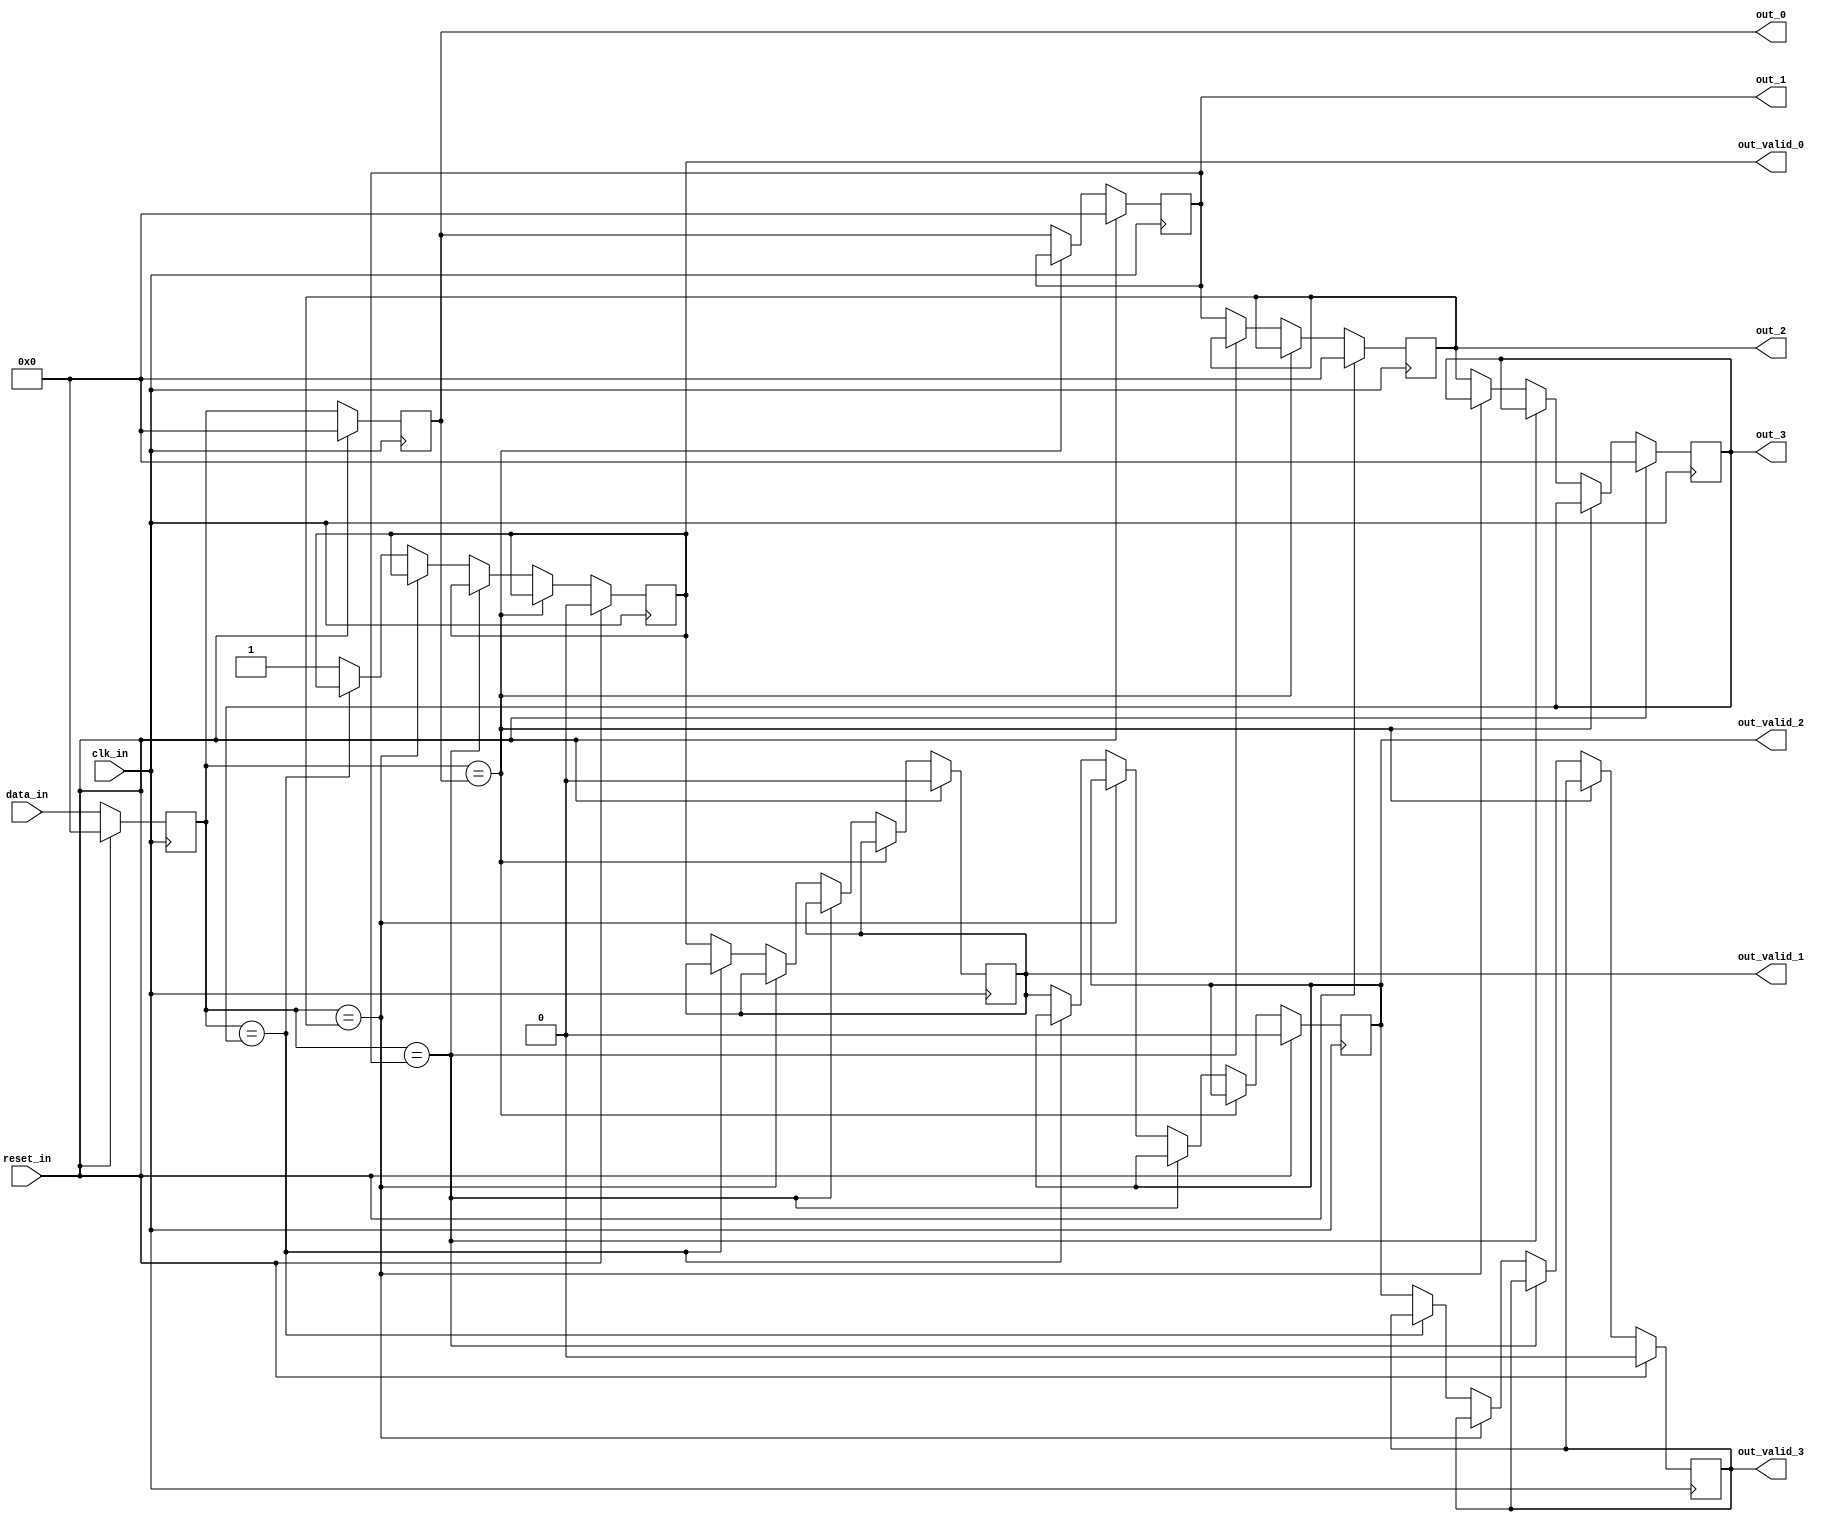
module test_module #( 
             parameter DATA_W = 8 
)(
             input							clk_in, 
             input							reset_in, 
             input		[(DATA_W-1):0]	data_in, 

             output reg	[(DATA_W-1):0]	out_0, 
             output reg						out_valid_0, 
             output reg	[(DATA_W-1):0]	out_1, 
             output reg						out_valid_1, 
             output reg	[(DATA_W-1):0]	out_2, 
             output reg						out_valid_2, 
             output reg	[(DATA_W-1):0]	out_3, 
             output reg						out_valid_3 
); 

reg	[(DATA_W-1):0]	temp;

always @(posedge clk_in) begin
	if(reset_in) begin
		out_valid_0 <= 0;
		out_valid_1 <= 0;
		out_valid_2 <= 0;
		out_valid_3 <= 0;
		out_0 <= 0;
		out_1	<= 0;
		out_2 <= 0;
		out_3	<= 0;
		temp <= 0;
	end
	else begin
		temp <= data_in;		
	
		case (temp)		
			out_0	:		begin
									out_0 <= temp;
									out_1 <= out_1;
									out_2 <= out_2;
									out_3 <= out_3;
							end
			out_1	:		begin
									out_0 <= temp;
									out_1 <= out_0;
									out_2 <= out_2;
									out_3 <= out_3;
							end
			out_2	:		begin
									out_0 <= temp;
									out_1 <= out_0;
									out_2 <= out_1;
									out_3 <= out_3;
							end
			out_3	:		begin
									out_0 <= temp;
									out_1 <= out_0;
									out_2 <= out_1;
									out_3 <= out_2;
							end
        
			default	:	begin	
									out_0 <= temp;
									out_1 <= out_0;
									out_2 <= out_1;
									out_3 <= out_2;

									out_valid_0 <= 1'b1;
									out_valid_1 <= out_valid_0;
									out_valid_2 <= out_valid_1;
									out_valid_3 <= out_valid_2;
							end
		endcase
	end
end

endmodule